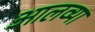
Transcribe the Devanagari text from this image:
आलव्या